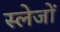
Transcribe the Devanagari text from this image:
स्लेजों